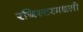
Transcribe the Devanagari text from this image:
रजिस्‍टरमधली